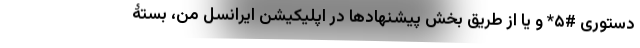
دستوری #۵* و یا از طریق بخش پیشنهادها در اپلیکیشن ایرانسل من، بستۀ